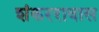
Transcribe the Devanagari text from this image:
शंकररावास